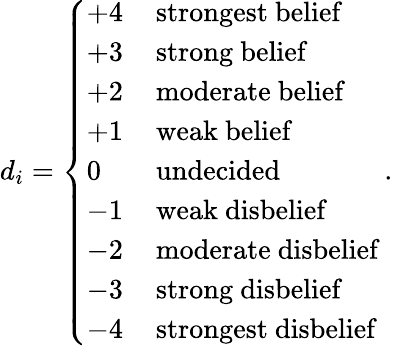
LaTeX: d_{i}=\left\{ \begin{array}{ll}{+4\, }&{\mathrm{strongest~belief}}\\ {+3\, }&{\mathrm{strong~belief}}\\ {+2\, }&{\mathrm{moderate~belief}}\\ {+1\, }&{\mathrm{weak~belief}}\\ {0\, }&{\mathrm{undecided}}\\ {-1\, }&{\mathrm{weak~disbelief}}\\ {-2\, }&{\mathrm{moderate~disbelief}}\\ {-3\, }&{\mathrm{strong~disbelief}}\\ {-4\, }&{\mathrm{strongest~disbelief}}\end{array}\right.\, .